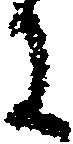
に